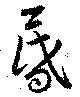
昬